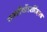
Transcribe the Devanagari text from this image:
रामतीर्थोऽरविंदश्च